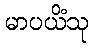
မာပယိံသု